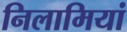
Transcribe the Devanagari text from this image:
निलामियां